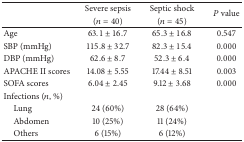
<table><thead><tr><td rowspan="2"><b> </b></td><td><b>Severe sepsis </b></td><td><b>Septic shock </b></td><td rowspan="2"><b><i>P</i> value</b></td></tr><tr><td><b>(<i>n</i> = 40)</b></td><td><b>(<i>n</i> = 45)</b></td></tr></thead><tbody><tr><td>Age</td><td>63.1 ± 16.7</td><td>65.3 ± 16.8</td><td>0.547</td></tr><tr><td>SBP (mmHg)</td><td>115.8 ± 32.7</td><td>82.3 ± 15.4</td><td>0.000</td></tr><tr><td>DBP (mmHg)</td><td>62.6 ± 8.7</td><td>52.3 ± 6.4</td><td>0.000</td></tr><tr><td>APACHE II scores </td><td>14.08 ± 5.55</td><td>17.44 ± 8.51</td><td>0.003</td></tr><tr><td>SOFA scores</td><td>6.04 ± 2.45</td><td>9.12 ± 3.68</td><td>0.000</td></tr><tr><td>Infections (<i>n</i>, %)</td><td> </td><td> </td><td> </td></tr><tr><td> Lung</td><td>24 (60%)</td><td>28 (64%)</td><td> </td></tr><tr><td> Abdomen</td><td>10 (25%)</td><td>11 (24%)</td><td> </td></tr><tr><td> Others</td><td>6 (15%)</td><td>6 (12%)</td><td> </td></tr></tbody></table>